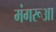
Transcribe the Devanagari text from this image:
मंगरूआ